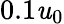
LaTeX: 0.1\mathit{u}_{0}